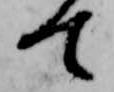
て